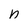
Character: n